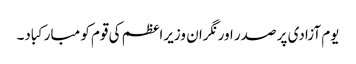
یوم آزادی پر صدر اور نگران وزیراعظم کی قوم کو مبارکباد۔